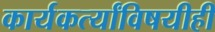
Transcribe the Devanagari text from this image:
कार्यकर्त्यांविषयीही